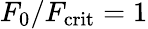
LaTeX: F_{0}/F_{\mathrm{crit}}=1